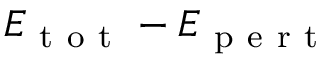
E _ { \mathrm { ~ t ~ o ~ t ~ } } - E _ { \mathrm { ~ p ~ e ~ r ~ t ~ } }